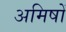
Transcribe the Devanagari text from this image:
अमिषों